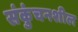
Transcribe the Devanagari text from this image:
संकुंचनशील